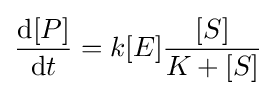
{\frac {{\text{d}}[P]}{{\text{d}}t}}=k[E]{\frac {[S]}{K+[S]}}